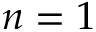
n = 1